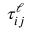
\tau _ { i j } ^ { \ell }